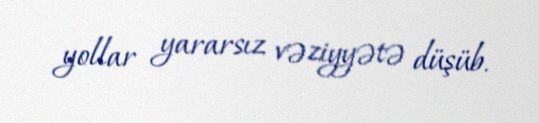
yollar yararsız vəziyyətə düşüb.